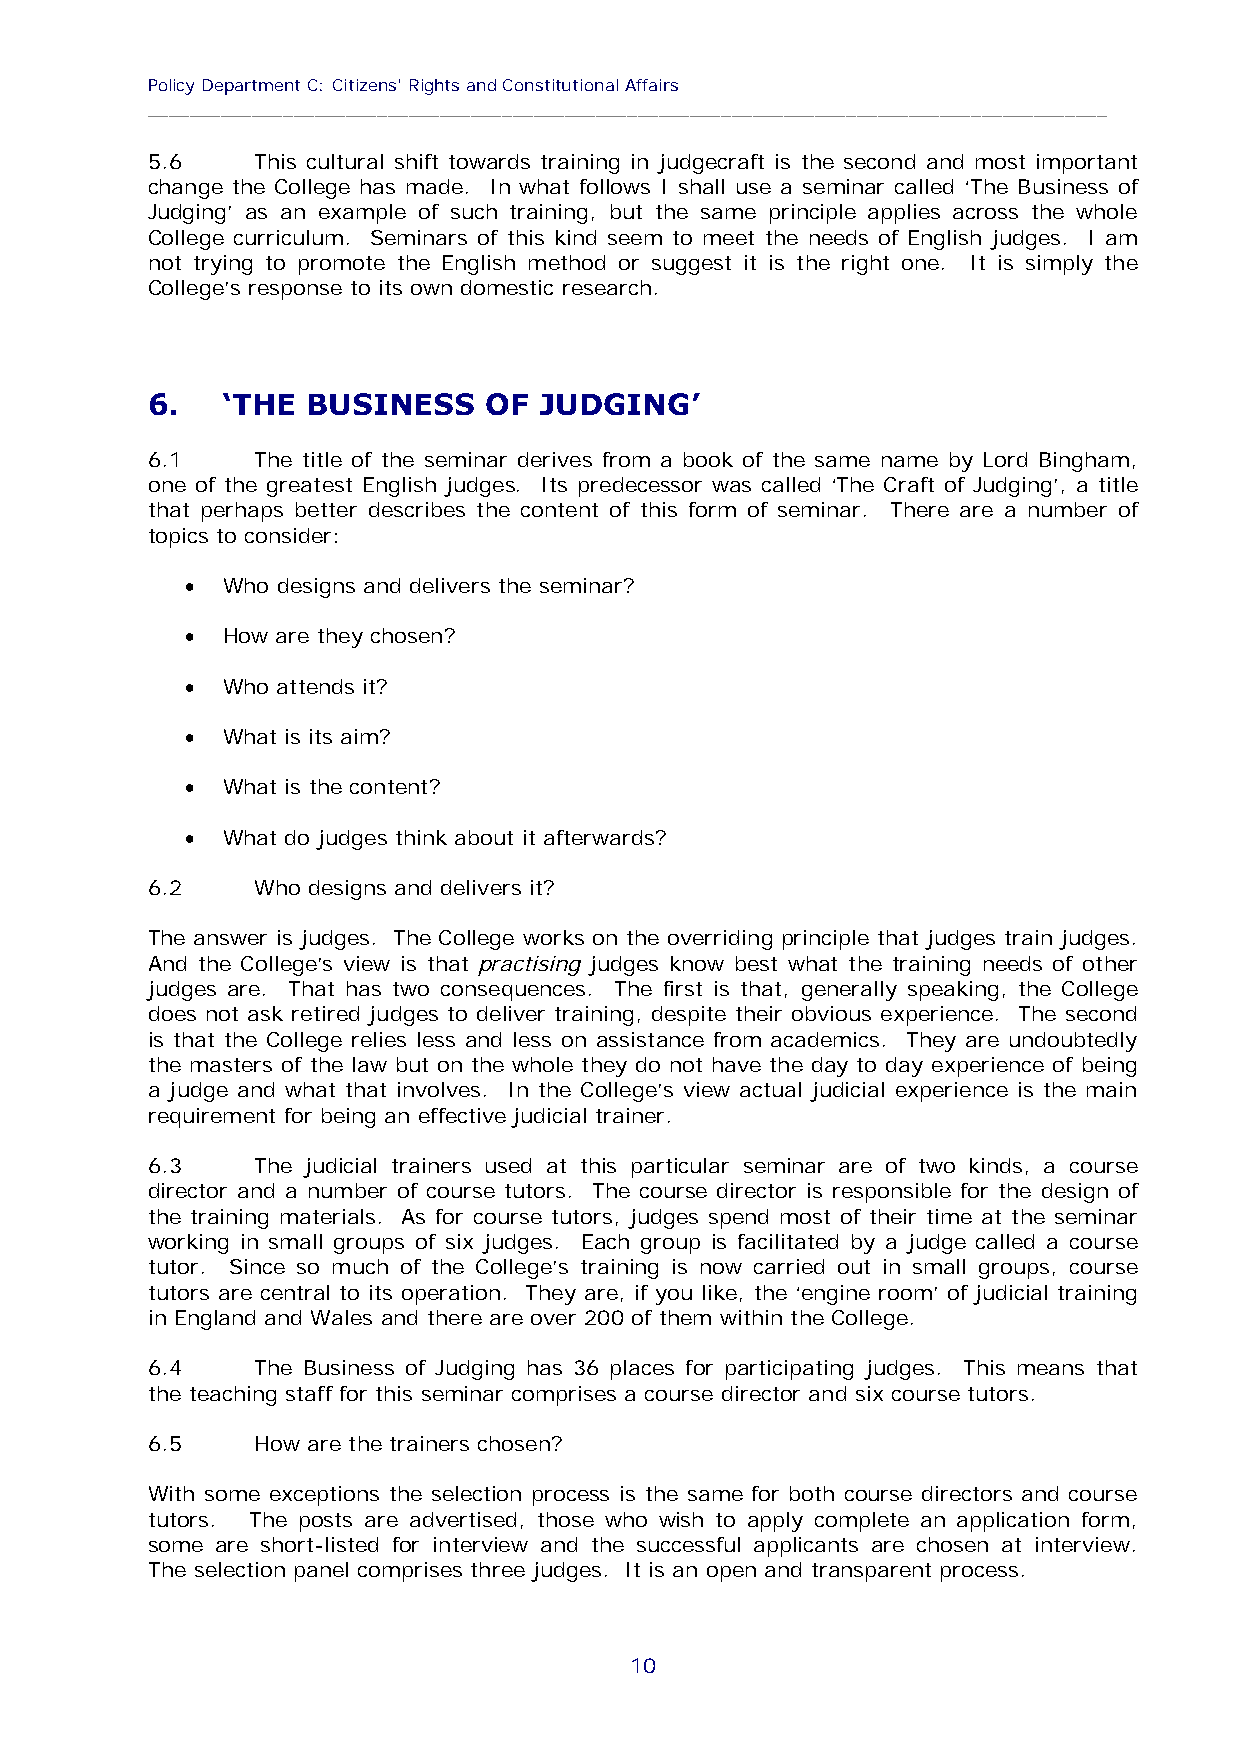
Policy Department C: Citizens' Rights and Constitutional Affairs
 ____________________________________________________________________________________________
 5.6    This cultural shift towards training in judgecraft is the second and most important
 change the College has made. In what follows I shall use a seminar called ‘The Business of
 Judging’ as an example of such training, but the same principle applies across the whole
 College curriculum. Seminars of this kind seem to meet the needs of English judges. I am
 not trying to promote the English method or suggest it is the right one. It is simply the
 College’s response to its own domestic research.
 6.   ‘THE BUSINESS    OF  JUDGING’
 6.1    The title of the seminar derives from a book of the same name by Lord Bingham,
 one of the greatest English judges. Its predecessor was called ‘The Craft of Judging’, a title
 that perhaps better describes the content of this form of seminar. There are a number of
 topics to consider:
   Who designs and delivers the seminar?
   How are they chosen?
   Who attends it?
   What is its aim?
   What is the content?
   What do judges think about it afterwards?
 6.2    Who designs and delivers it?
 The answer is judges. The College works on the overriding principle that judges train judges.
 And the College’s view is that practising judges know best what the training needs of other
 judges are. That has two consequences. The first is that, generally speaking, the College
 does not ask retired judges to deliver training, despite their obvious experience. The second
 is that the College relies less and less on assistance from academics. They are undoubtedly
 the masters of the law but on the whole they do not have the day to day experience of being
 a judge and what that involves. In the College’s view actual judicial experience is the main
 requirement for being an effective judicial trainer.
 6.3    The judicial trainers used at this particular seminar are of two kinds, a course
 director and a number of course tutors. The course director is responsible for the design of
 the training materials. As for course tutors, judges spend most of their time at the seminar
 working in small groups of six judges. Each group is facilitated by a judge called a course
 tutor. Since so much of the College’s training is now carried out in small groups, course
 tutors are central to its operation. They are, if you like, the ‘engine room’ of judicial training
 in England and Wales and there are over 200 of them within the College.
 6.4    The Business of Judging has 36 places for participating judges. This means that
 the teaching staff for this seminar comprises a course director and six course tutors.
 6.5    How are the trainers chosen?
 With some exceptions the selection process is the same for both course directors and course
 tutors. The posts are advertised, those who wish to apply complete an application form,
 some are short-listed for interview and the successful applicants are chosen at interview.
 The selection panel comprises three judges. It is an open and transparent process.
 10